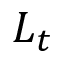
L _ { t }